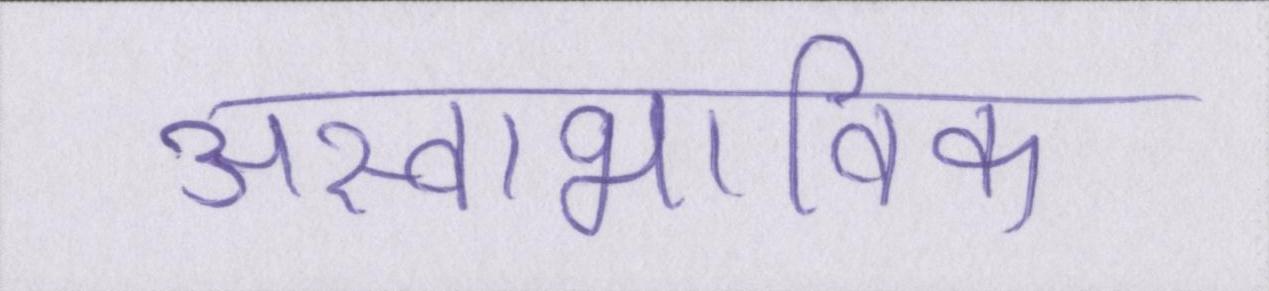
अस्वाभाविक